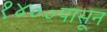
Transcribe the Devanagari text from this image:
१४००पासून